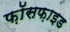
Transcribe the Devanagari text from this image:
फ़ॉसफ़ाइड